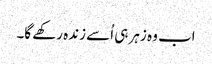
اب وہ زہر ہی اُسے زندہ رکھے گا۔